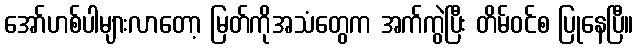
အော်ဟစ်ပါများလာတော့ မြတ်ကိုအသံတွေက အက်ကွဲပြီး တိမ်ဝင်စ ပြုနေပြီ။